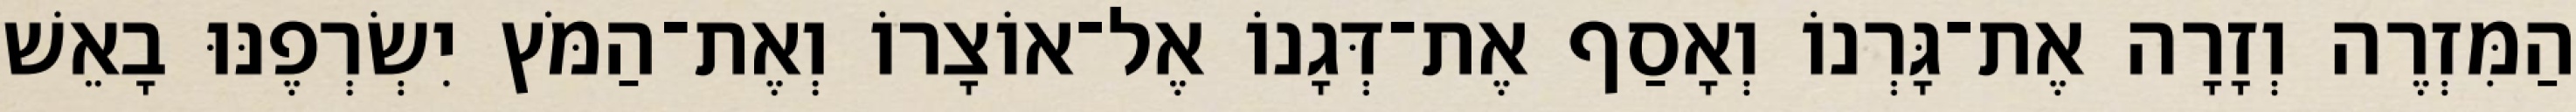
הַמִּזְרֶה וְזָרָה אֶת־גָּרְנוֹ וְאָסַף אֶת־דְּגָנוֹ אֶל־אוֹצָרוֹ וְאֶת־הַמֹּץ יִשְׂרְפֶנּוּ בָאֵשׁ